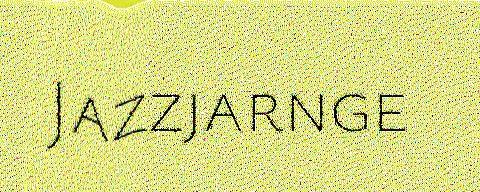
Jazzjarnge